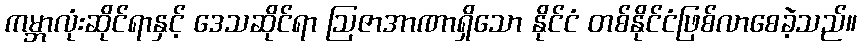
ကမ္ဘာလုံးဆိုင်ရာနှင့် ဒေသဆိုင်ရာ ဩဇာအာဏာရှိသော နိုင်ငံ တစ်နိုင်ငံဖြစ်လာစေခဲ့သည်။